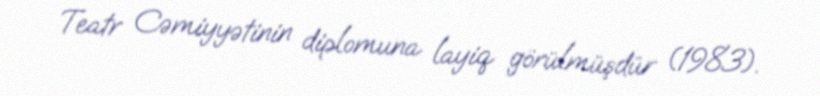
Teatr Cəmiyyətinin diplomuna layiq görülmüşdür (1983).